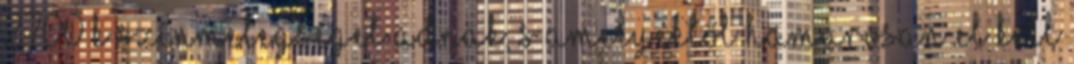
2700 K színmelegséget adnak, s amelyektől hamarosan el kell